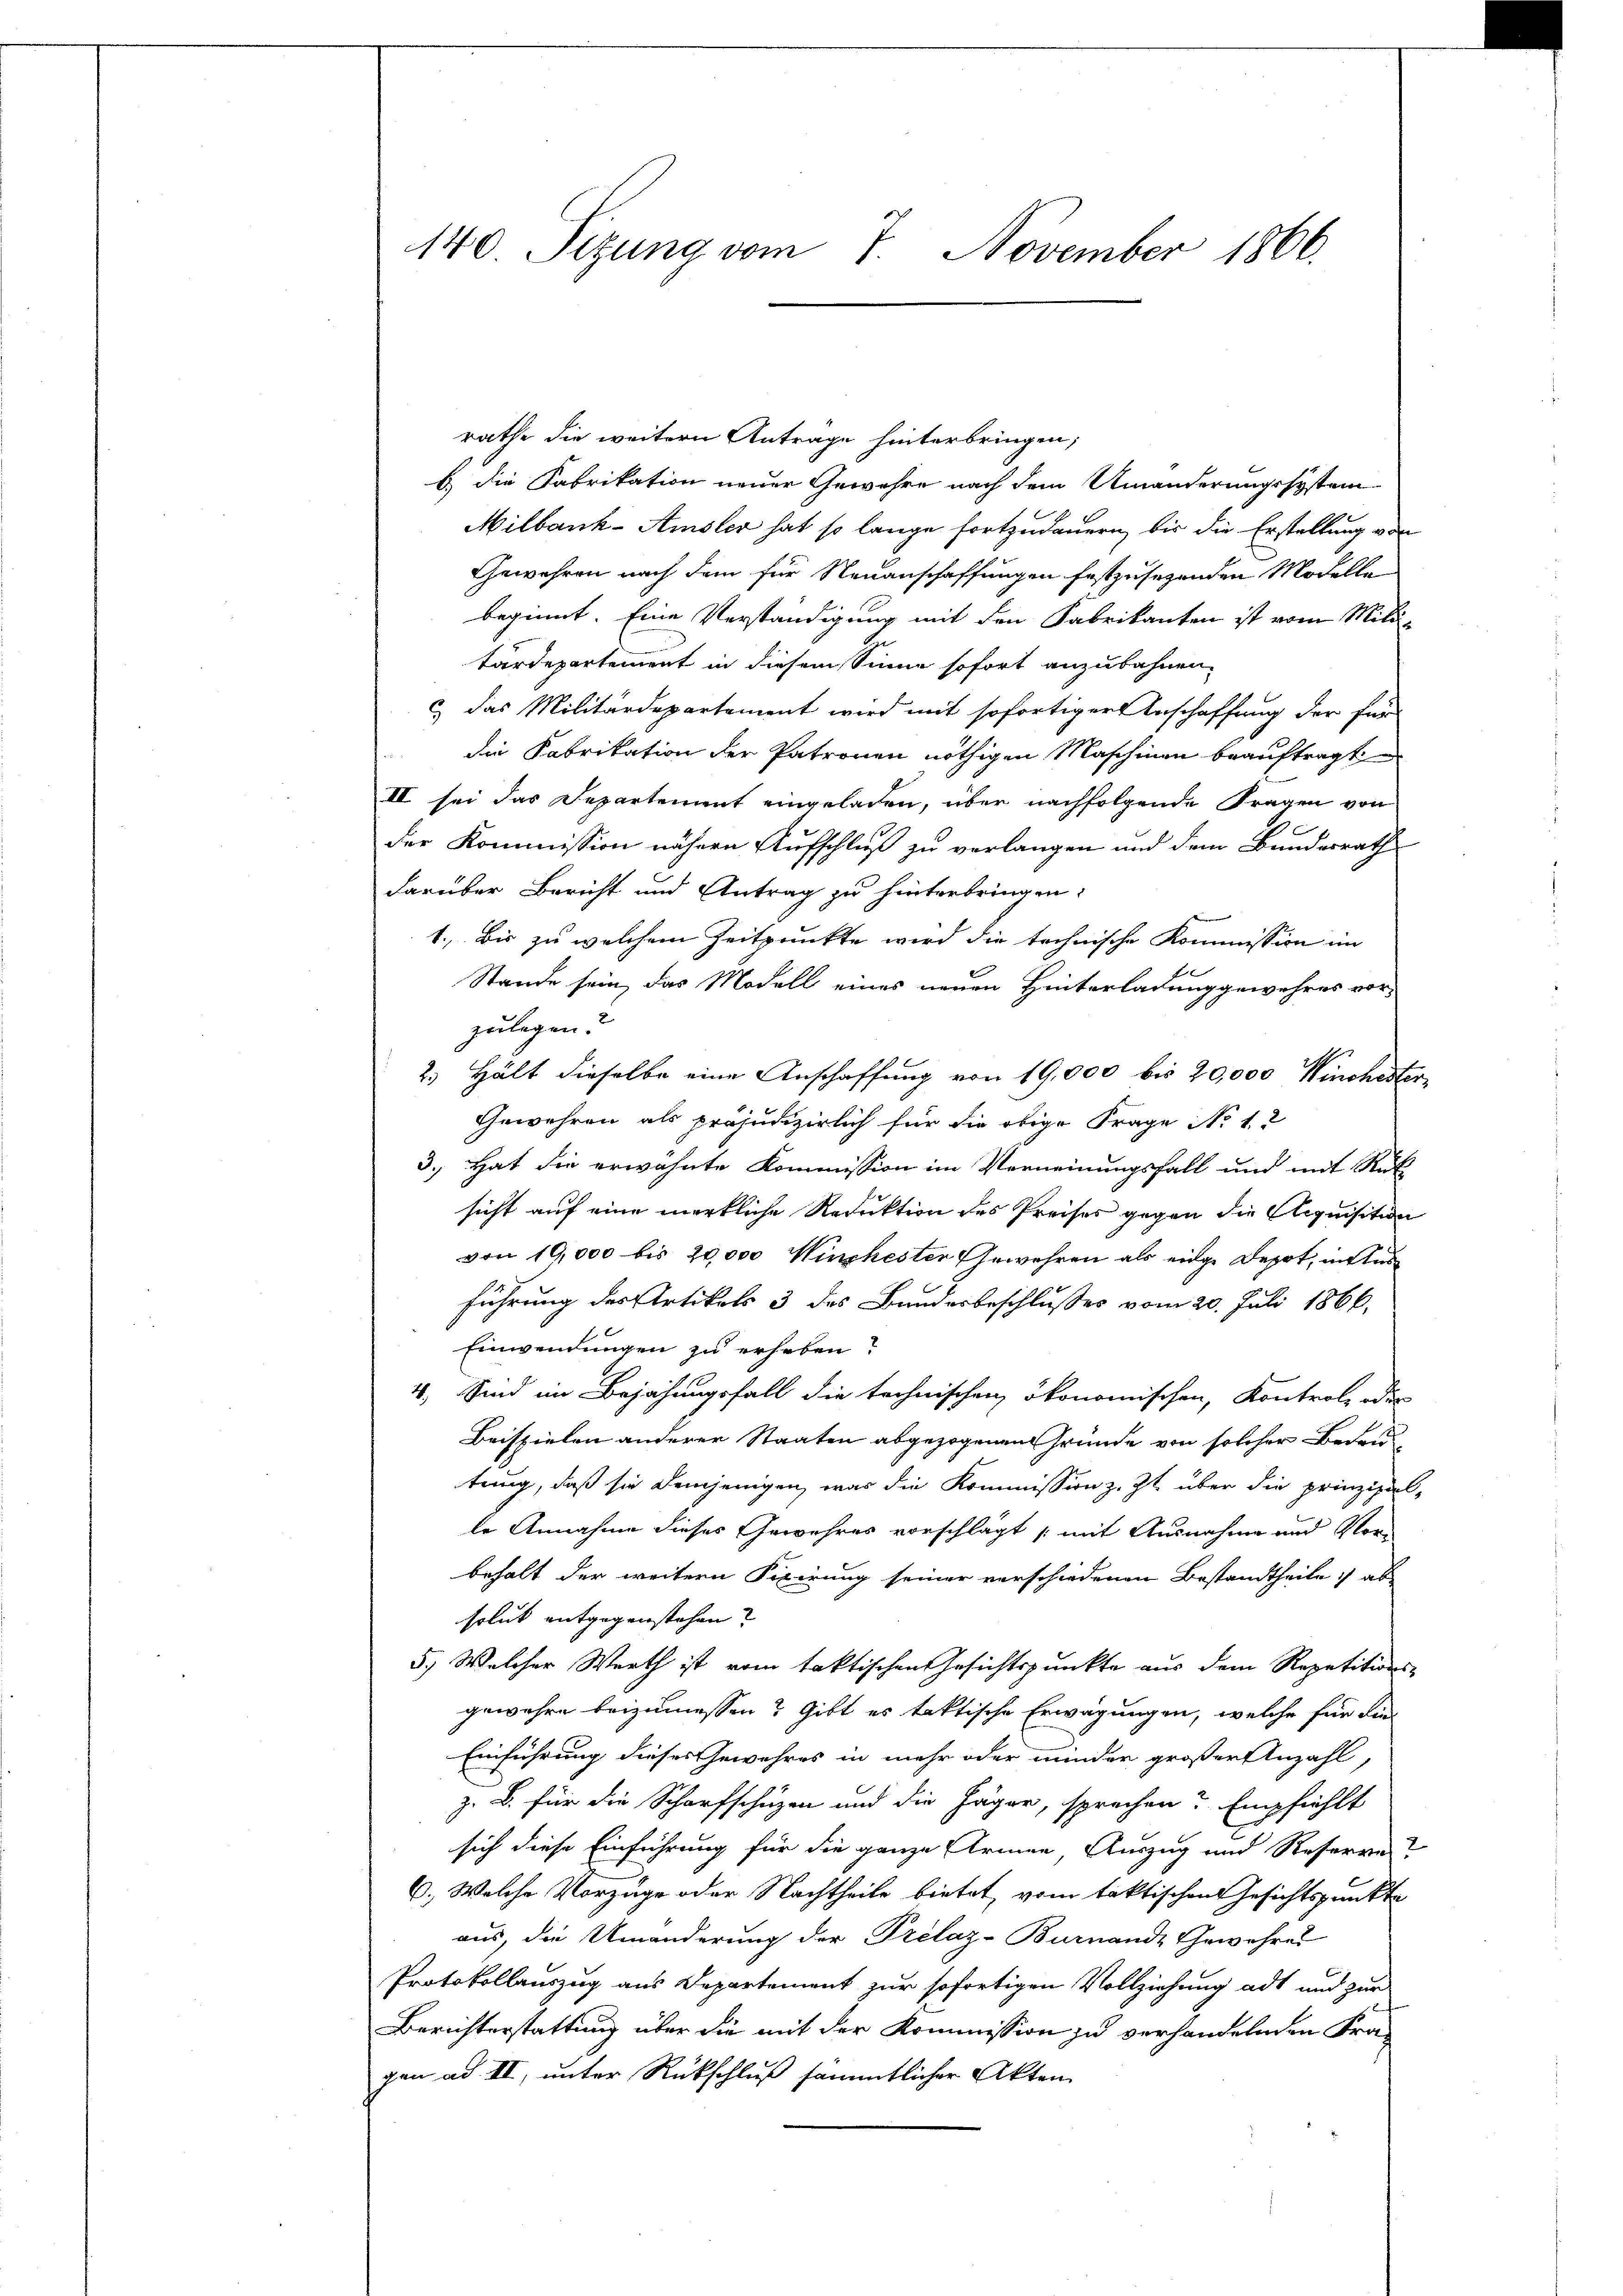
140. Sitzung vom 7. November 1866.

rathe die weitern Antrage hinterbringen,
b die Fabrikation neuer Gewehre nach dem Umänderungssystem
Milbank-Amsler hat so lange fortzudauern, bis die Erstellung von
Gewehren nach dem für Neuanschaffungen festzusehenden Modelle
beginnt. Eine Verständigung mit den Fabrikanten ist vom Mili-
tärdepartement in diesem Sinne sofort anzubahnen.
c) das Militärdepartement wird mit sofortiger Anschaffung der für
die Fabrikation der Patronen nöthigen Maschinen beauftragt
II sei das Departement eingeladen, über nachfolgende Fragen von
der Kommission nähern Aufschluß zu verlangen und dem Bundesrath
darüber Bericht und Antrag zu hinterbringen:
1. Bis zu welchem Zeitpunkte wird die technische Kommission im
Stande sein, das Modell eines neuen Hinterladung gewehres vorzulagen.
2. Hält dieselbe eine Anschaffung von 19,000 bis 20,000 Winchester¬
Gewehren als präjudizierlich für die obige Frage No 12
3.) Hat die erwähnte Kommission im Verneinungsfall und mit Rük
sicht auf eine merkliche Reduktion des Preises gegen die Acquisition
von 19,000 bis 20,000 Winchester Gewehren als einge Depot, in Aus
führung des Artikels 3 des Bundesbeschlußes vom 20. Juli 1866.
Einwendungen zu erheben?
4. Sind im Bejahungsfall die technischen ökonomischen, Kontrole oder
Beispielen anderer Staaten abgezogenen Gründe von solcher Bedeu
tung, daß sie demjenigen, was die Kommission z. Zt. über die prinzipiel-
le Annahme dieses Gewehres vorschlägt mit Ausnahme und Vor-
behalt der weitern Fixirung seiner verschiedenen Bestandtheile ab
solut entgegenstehen?
5.) Welcher Werth ist vom faktischen Gesichtspunkte aus dem Repetitions-
gewahre beizumessen? Gibt es taktische Erwägungen, welche für die
Einführung dieses Gewehres in mehr oder minder großer Anzahl,
z. B. für die Scharfschüzen und die Jäger, sprechen? Empfiehlt
sich diese Einführung für die ganze Armen Auszug und Reserve
6., Welche Vorzüge oder Nachtheile bietet, vom taktischen Gesichtspunkte
aus, die Umänderung der Prelaz-Burnande Gewehres
Protokollauszug aus Departement zur sofortigen Vollziehung ad und zur
Berichterstattung über die mit der Kommission zu verhandelnden Fra-
gen ad II, unter Rückschluß sämmtlicher Akten